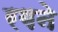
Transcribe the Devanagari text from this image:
रगने